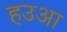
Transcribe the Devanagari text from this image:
हउआ